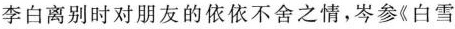
李白离别时对朋友的依依不舍之情，岑参《白雪